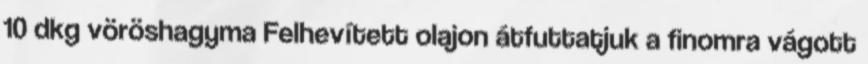
10 dkg vöröshagyma Felhevített olajon átfuttatjuk a finomra vágott